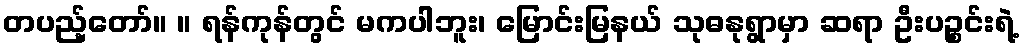
တပည့်တော်။ ။ ရန်ကုန်တွင် မကပါဘူး၊ မြောင်းမြနယ် သုဓနုရွာမှာ ဆရာ ဦးပဉ္စင်းရဲ့